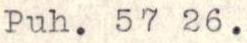
Puh. 57 26.